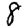
Digit: 8